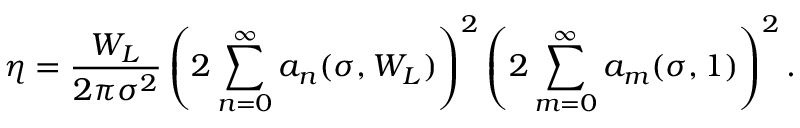
\eta = \frac { W _ { L } } { 2 \pi \sigma ^ { 2 } } \left( 2 \sum _ { n = 0 } ^ { \infty } a _ { n } ( \sigma , W _ { L } ) \right) ^ { 2 } \left( 2 \sum _ { m = 0 } ^ { \infty } a _ { m } ( \sigma , 1 ) \right) ^ { 2 } .